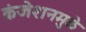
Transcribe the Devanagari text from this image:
कंजेशनमुळे